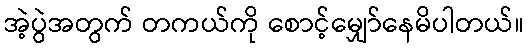
အဲ့ပွဲအတွက် တကယ်ကို စောင့်မျှော်နေမိပါတယ်။